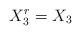
LaTeX: \begin{align*}X_3^r=X_3\end{align*}